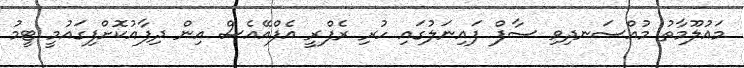
މައުލޫމާތު މުއްސަނދިވި ސާފް ފައިނަލުގައި ހުރި ރެފްރީ އެފްއޭއެސް އިން ދިފާއުކޮށްފިގައުމީ ޓީމު